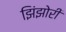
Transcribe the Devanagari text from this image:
झिंझोरी